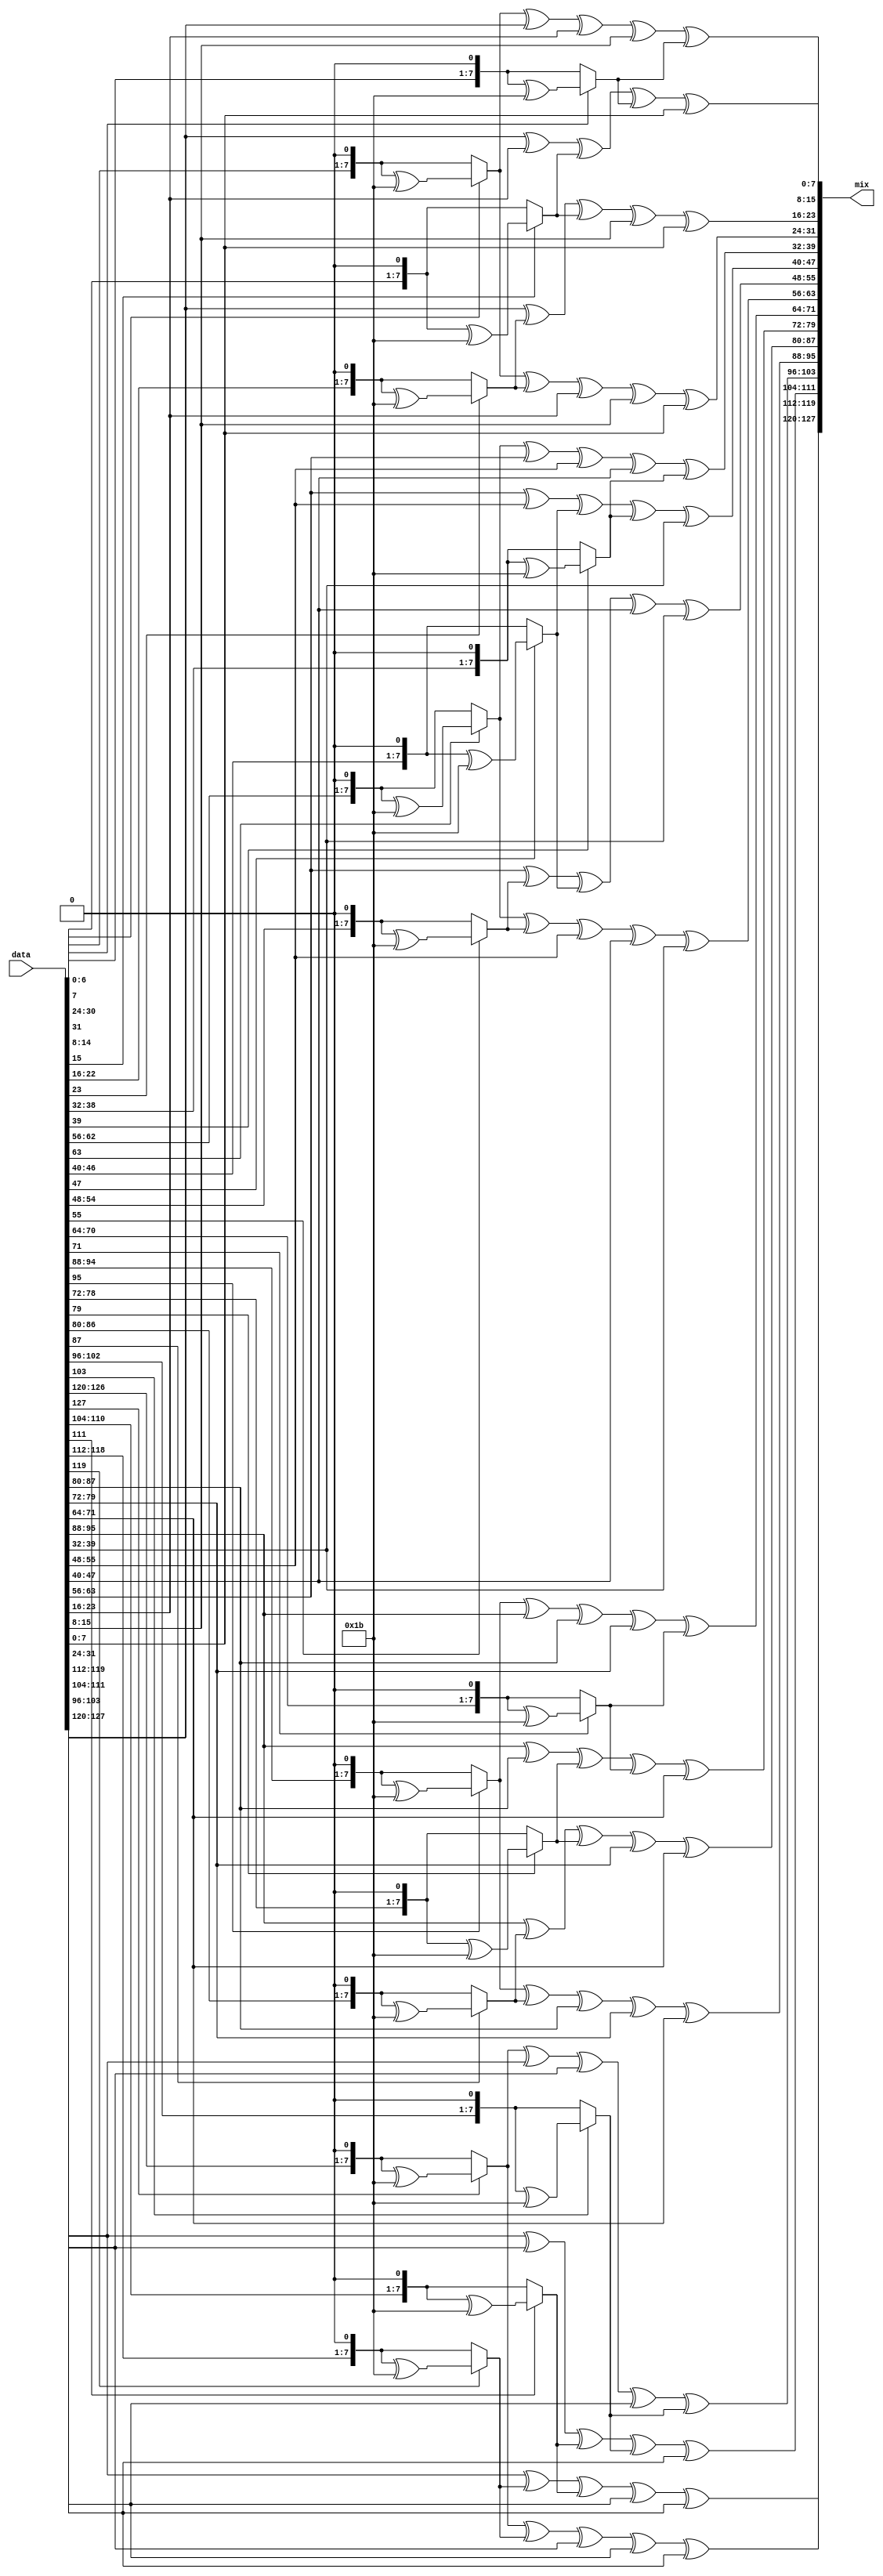
module mix_col(data, mix);

input [127:0] data;
output [127:0] mix;

assign mix[127:120]/*1*/ = twoMult(data[127:120])^twoMult(data[119:112])^data[119:112]^data[111:104]^data[103:96];
assign mix[119:112]/*2*/ = data[127:120]^twoMult(data[119:112])^twoMult(data[111:104])^data[111:104]^data[103:96];
assign mix[111:104]/*3*/ = data[127:120]^data[119:112]^twoMult(data[111:104])^twoMult(data[103:96])^data[103:96] ;
assign mix[103:96] /*4*/ = twoMult(data[127:120])^data[127:120]^data[119:112]^data[111:104]^twoMult(data[103:96]);
																																	
assign mix[95:88] = twoMult(data[95:88])^twoMult(data[87:80])^data[87:80]^data[79:72]^data[71:64];
assign mix[87:80] = data[95:88]^twoMult(data[87:80])^twoMult(data[79:72])^data[79:72]^data[71:64];
assign mix[79:72] = data[95:88]^data[87:80]^twoMult(data[79:72])^twoMult(data[71:64])^data[71:64];
assign mix[71:64] = twoMult(data[95:88])^data[95:88]^data[87:80]^data[79:72]^twoMult(data[71:64]);

assign mix[63:56] = twoMult(data[63:56])^twoMult(data[55:48])^data[55:48]^data[47:40]^data[39:32];
assign mix[55:48] = data[63:56]^twoMult(data[55:48])^twoMult(data[47:40])^data[47:40]^data[39:32];
assign mix[47:40] = data[63:56]^data[55:48]^twoMult(data[47:40])^twoMult(data[39:32])^data[39:32];
assign mix[39:32] = twoMult(data[63:56])^data[63:56]^data[55:48]^data[47:40]^twoMult(data[39:32]);

assign mix[31:24] = twoMult(data[31:24])^twoMult(data[23:16])^data[23:16]^data[15:8]^data[7:0];  
assign mix[23:16] = data[31:24]^twoMult(data[23:16])^twoMult(data[15:8])^data[15:8]^data[7:0];
assign mix[15:8]  = data[31:24]^data[23:16]^twoMult(data[15:8])^twoMult(data[7:0])^data[7:0];
assign mix[7:0]   = twoMult(data[31:24])^data[31:24]^data[23:16]^data[15:8]^twoMult(data[7:0]);










function [7:0] twoMult;
input [7:0] i;
begin

if(i[7] == 0)
twoMult = {i[6:0], 1'b0};
else
twoMult = {i[6:0], 1'b0}^8'h1b;

end

endfunction

endmodule